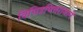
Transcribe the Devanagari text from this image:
विचित्रचित्तराजाने